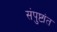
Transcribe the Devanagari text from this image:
संपुष्टांत